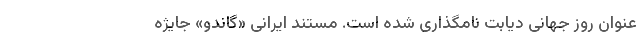
عنوان روز جهانی دیابت نامگذاری شده است. مستند ایرانی «گاندو» جایژه